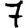
Digit: 7